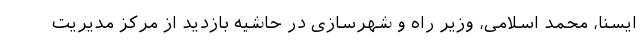
ایسنا، محمد اسلامی، وزیر راه و شهرسازی در حاشیه بازدید از مرکز مدیریت